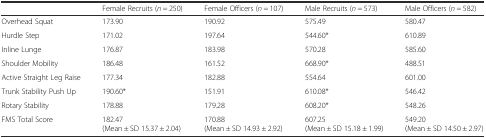
|  | Female Recruits (n = 250) | Female Officers (n = 107) | Male Recruits (n = 573) | Male Officers (n = 582) |
 | --- | --- | --- | --- | --- |
 | Overhead Squat | 173.90 | 190.92 | 575.49 | 580.47 |
 | Hurdle Step | 171.02 | 197.64 | 544.60* | 610.89 |
 | Inline Lunge | 176.87 | 183.98 | 570.28 | 585.60 |
 | Shoulder Mobility | 186.48 | 161.52 | 668.90* | 488.51 |
 | Active Straight Leg Raise | 177.34 | 182.88 | 554.64 | 601.00 |
 | Trunk Stability Push Up | 190.60* | 151.91 | 610.08* | 546.42 |
 | Rotary Stability | 178.88 | 179.28 | 608.20* | 548.26 |
 | FMS Total Score | 182.47 (Mean ± SD 15.37 ± 2.04) | 170.88 (Mean ± SD 14.93 ± 2.92) | 607.25 (Mean ± SD 15.18 ± 1.99) | 549.20 (Mean ± SD 14.50 ± 2.97) |